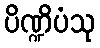
ပိဏ္ဍိပံသု